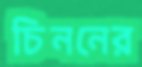
চিননের